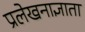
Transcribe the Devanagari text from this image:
प्रलेखनाज्ञाता